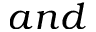
a n d